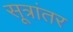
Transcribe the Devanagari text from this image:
सूत्रांतर